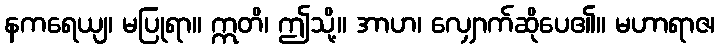
နကရေယျ၊ မပြုရာ။ ဣတိ၊ ဤသို့။ အာဟ၊ လျှောက်ဆိုပေ၏။ မဟာရာဇ၊